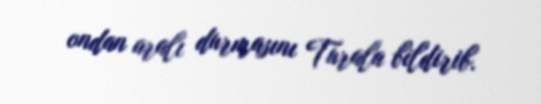
ondan aralı durmasını Turala bildirib.